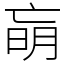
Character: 朚